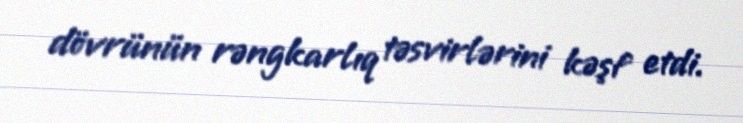
dövrünün rəngkarlıq təsvirlərini kəşf etdi.